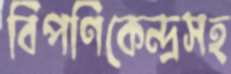
বিপণিকেন্দ্রসহ